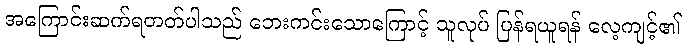
အကြောင်းဆက်ရတတ်ပါသည် ဘေးကင်းသောကြောင့် သူလုပ် ပြန်ရယူရန် လေ့ကျင့်၏